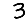
Digit: 3